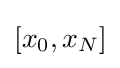
[x_{0},x_{N}]